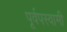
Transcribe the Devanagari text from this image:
पूर्वपस्वामी